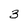
Character: 3